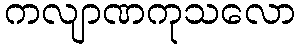
ကလျာဏကုသလော